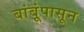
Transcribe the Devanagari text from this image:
बांबूंपासून